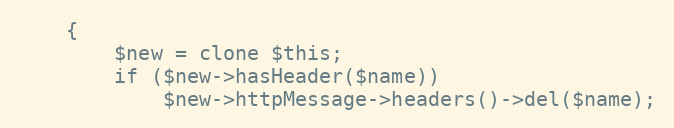
Language: PHP
    {
        $new = clone $this;
        if ($new->hasHeader($name))
            $new->httpMessage->headers()->del($name);